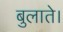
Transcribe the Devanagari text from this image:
बुलाते।